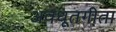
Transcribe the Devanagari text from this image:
अवधूतगीता